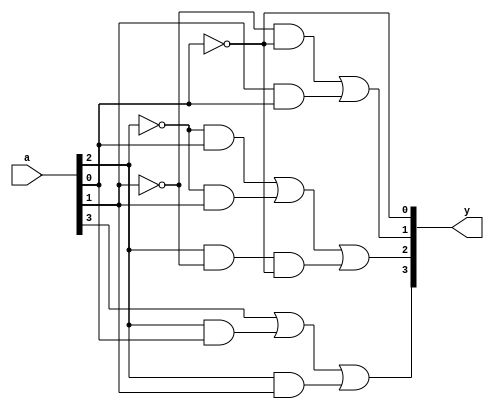
`timescale 1ns / 1ps
//////////////////////////////////////////////////////////////////////////////////
// Company: 
// Engineer: 
// 
// Design Name: 
// Module Name: bcdtoexcess3
// Project Name: 
// Target Devices: 
// Tool Versions: 
// Description: 
// 
// Dependencies: 
// 
// Revision:
// Revision 0.01 - File Created
// Additional Comments:
// 
//////////////////////////////////////////////////////////////////////////////////


module bcdtoexcess3(
    input [3:0] a,
    output [3:0] y
    );
    assign y[3]=a[3]|(a[2]&a[0])|(a[2]&a[1]);
    assign y[2]=(~a[2]&a[0])|((~a[2])& a[1])|(a[2]&(~a[1])&(~a[0]));
    assign y[1]=(~a[1]&(~a[0]))|(a[1]&(a[0]));
    assign y[0]=~a[0];
endmodule